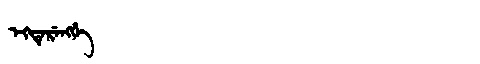
Manchu: ᡝᡴᡨᡝᡵᡝᠩᡤᡝ
Romanization: EKTERENGGE